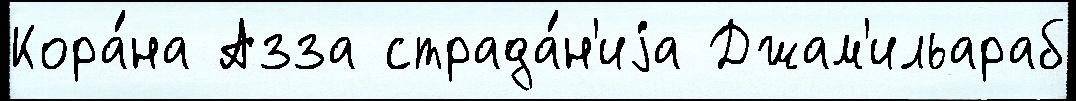
Кора́на Азза страда́н'иjа Джам'ильараб